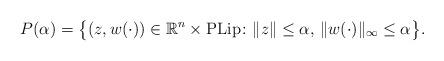
LaTeX: \begin{align*}P(\alpha) = \big\{(z,w(\cdot)) \in \mathbb R^n \times \mathrm{PLip} \colon \|z\| \leq \alpha,\, \|w(\cdot)\|_\infty \leq \alpha\big\}.\end{align*}